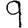
Digit: 9